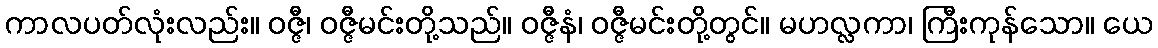
ကာလပတ်လုံးလည်း။ ဝဇ္ဇီ၊ ဝဇ္ဇီမင်းတို့သည်။ ဝဇ္ဇီနံ၊ ဝဇ္ဇီမင်းတို့တွင်။ မဟလ္လကာ၊ ကြီးကုန်သော။ ယေ